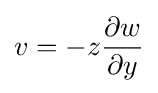
v=-z{\frac {\partial w}{\partial y}}